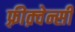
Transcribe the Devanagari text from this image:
फ़्रीक़्वेन्सी